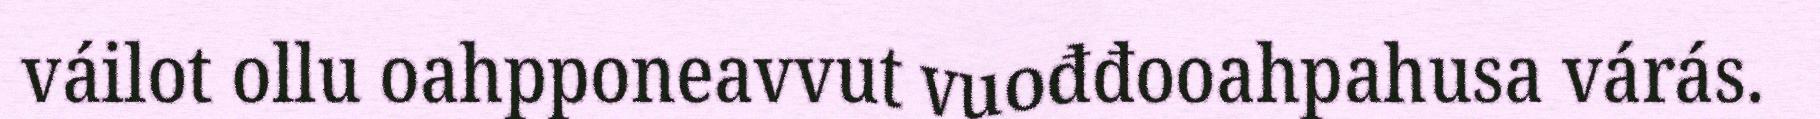
váilot ollu oahpponeavvut vuođđooahpahusa várás.